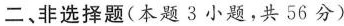
二、非选择题(本题3小题，共56分)